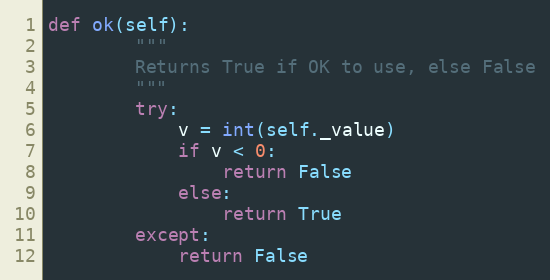
Language: Python
def ok(self):
        """
        Returns True if OK to use, else False
        """
        try:
            v = int(self._value)
            if v < 0:
                return False
            else:
                return True
        except:
            return False